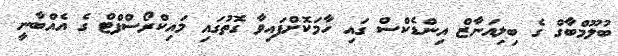
ބުލޫމްބާގް ގެ ބިލިއަނާޒް އިންޑެކްސް ގައި ހާމަކޮށްފައިވާ ގޮތުގައި މައިކްރޯސްފްޓް ގެ އެއްބާނީ